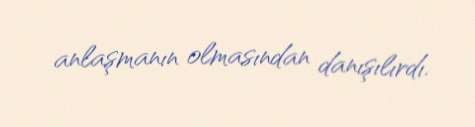
anlaşmanın olmasından danışılırdı.